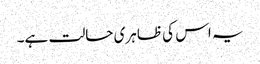
یہ اس کی ظاہری حالت ہے۔